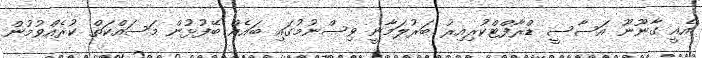
އެއީ ގާނޫނޫ އަސާސީ ޑްރާފްޓްކުރިއިރު ބަރުލަމާނީ ވިސްނުމުގައި ބައެއް ބޭފުޅުން މަސައްކަތް ކުރެއްވުމުން